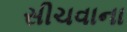
સીચવાના